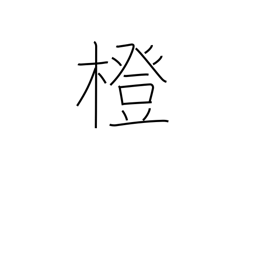
Meaning: bitter orange